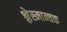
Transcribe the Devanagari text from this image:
श्लेस्मान्तक